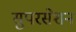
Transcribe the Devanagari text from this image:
सुपरसेशन